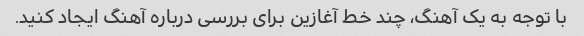
با توجه به یک آهنگ، چند خط آغازین برای بررسی درباره آهنگ ایجاد کنید.